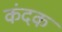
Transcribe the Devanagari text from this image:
कंदक